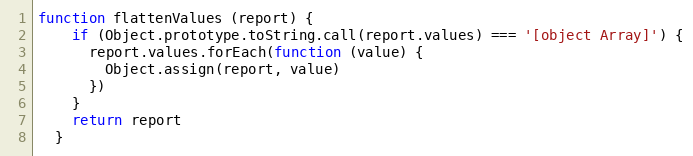
Language: JavaScript
function flattenValues (report) {
    if (Object.prototype.toString.call(report.values) === '[object Array]') {
      report.values.forEach(function (value) {
        Object.assign(report, value)
      })
    }
    return report
  }